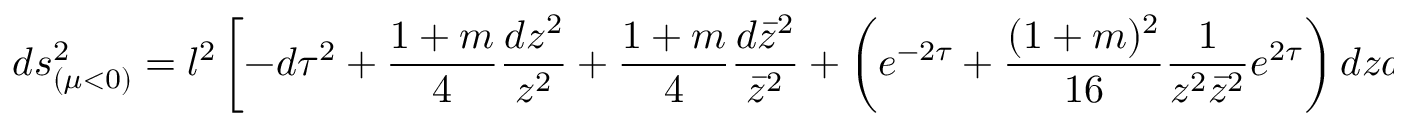
d s _ { ( \mu < 0 ) } ^ { 2 } = l ^ { 2 } \left[ - d \tau ^ { 2 } + \frac { 1 + m } { 4 } \frac { d z ^ { 2 } } { z ^ { 2 } } + \frac { 1 + m } { 4 } \frac { d \bar { z } ^ { 2 } } { \bar { z } ^ { 2 } } + \left( e ^ { - 2 \tau } + \frac { ( 1 + m ) ^ { 2 } } { 1 6 } \frac { 1 } { z ^ { 2 } \bar { z } ^ { 2 } } e ^ { 2 \tau } \right) d z d \bar { z } \right] ,